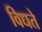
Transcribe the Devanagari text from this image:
विधते